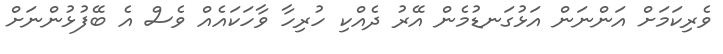
ވެރިކަމަށް އަންނަން އަޅުގަނޑުމެން އޭރު ދެއްކި ހުރިހާ ވާހަކައެއް ވެސް އެ ބޭފުޅުންނަށް